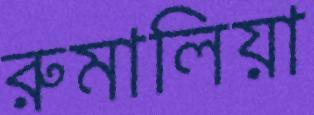
রুমালিয়া